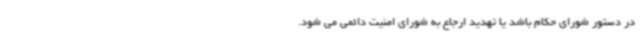
در دستور شورای حکام باشد یا تهدید ارجاع به شورای امنیت دائمی می شود.